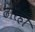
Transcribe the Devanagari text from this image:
ढोरेही